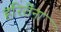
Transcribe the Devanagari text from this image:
हरिरींना